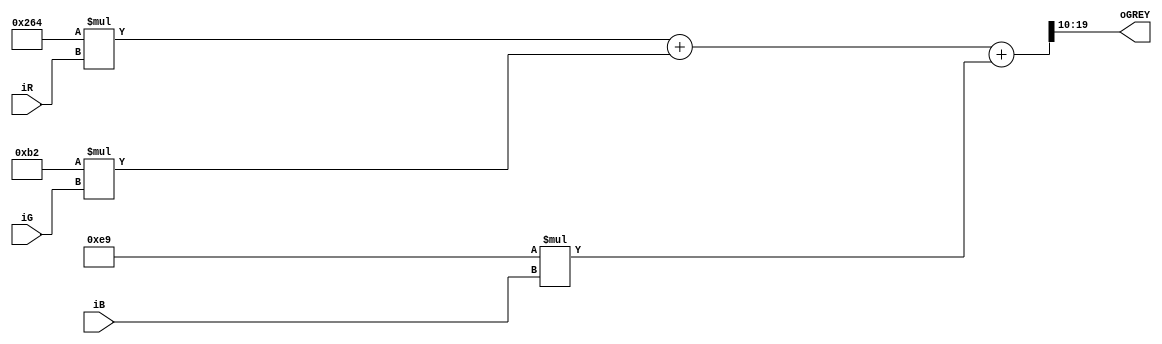
module RGB2GREY(iR,iG,iB,oGREY);
input [9:0] iR;
input [9:0] iG;
input [9:0] iB;
output [9:0] oGREY;
reg  [19:0] tDATA;
always @(*)
begin
tDATA = 10'b10_0110_0100*iR + 10'b0100_1011_0010*iG  + 10'b00_1110_1001*iB;
//0.299*R + 0.587*G + 0.114*B
end
assign oGREY = tDATA [19:10];

endmodule